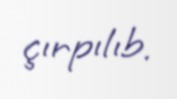
çırpılıb.